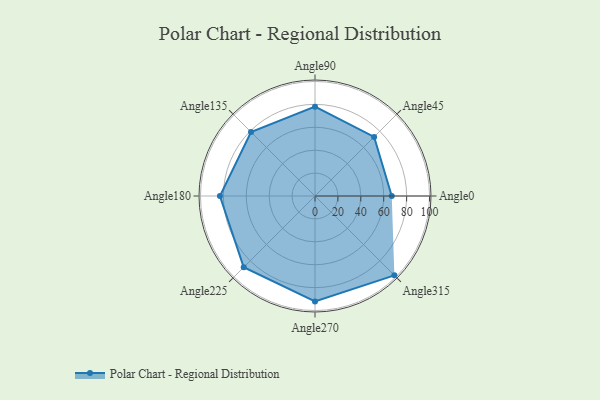
{"axis": {"x": "Angle", "y": "Radius"}, "legend": [""], "data": [{"x": "Angle0", "y": 67.0, "type": ""}, {"x": "Angle45", "y": 73.0, "type": ""}, {"x": "Angle90", "y": 78.0, "type": ""}, {"x": "Angle135", "y": 79.0, "type": ""}, {"x": "Angle180", "y": 83.0, "type": ""}, {"x": "Angle225", "y": 88.0, "type": ""}, {"x": "Angle270", "y": 92.0, "type": ""}, {"x": "Angle315", "y": 98.0, "type": ""}]}